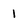
Character: 1